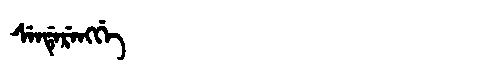
Manchu: ᠰᡝᠨᡩᡝᡵᡝᠩᡤᡝ
Romanization: SENDERENGGE